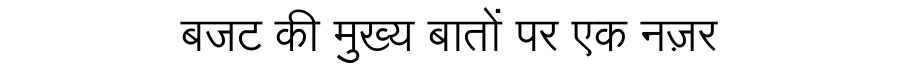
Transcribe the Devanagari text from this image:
बजट की मुख्य बातों पर एक नज़र